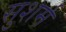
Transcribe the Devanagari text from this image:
सुशर्म